Vaccination North-Western Provinces and Oudh 1878-1895 - 1878-1895
Year: 1878
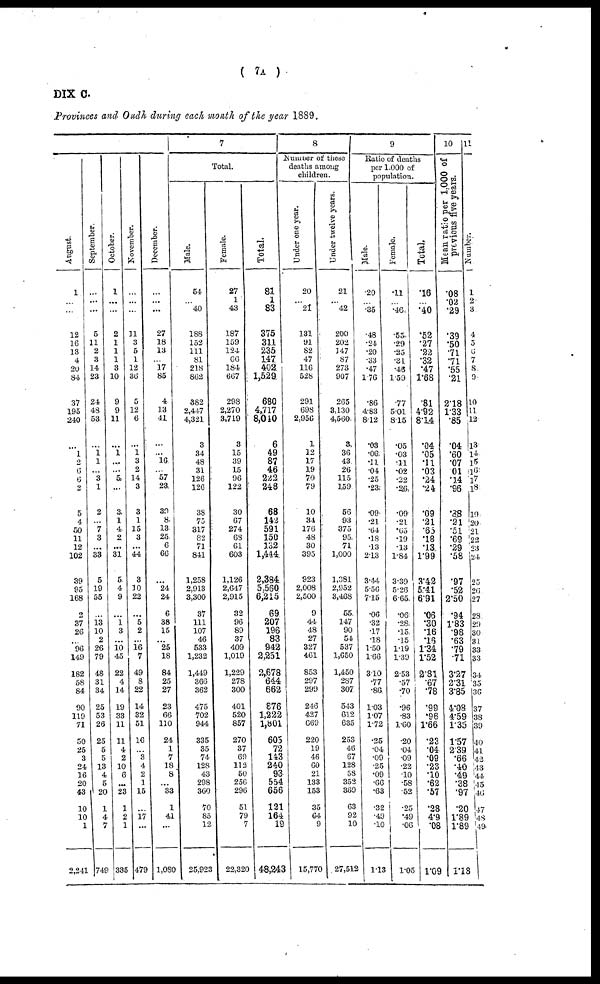
(
7A )
DIX C.
Provinces and Oudh during each month of the year 1889.
August.
1
...
...
12
16
13
4
20
84
37
195
240
...
...
2
6
6
2
5
4
50
11
12
102
39
95
168
2
37
26
...
96
149
182
58
84
90
119
71
50
25
3
24
16
20
43
10
10
1
2 241
September,
...
...
...
5
11
2
3
14
23
24
48
53
...
... 1
...
3
1
2
...
7
3
...
33
5
19
55
...
13
10
2
26
79
48
31
34
25
53
26
25
5
5
13
4
5
20
1
4
7
749
October.
1
...
...
2
1
1
1
3
10
9
9
11
...
1
....
...
5
...
3
1
4
2
...
31
5
4
9
...
1 3
...
10
45
22
4
14
19
33
11
11
4
2
10
6
...
23
1
2
1
335
November.
...
...
...
11
3
5
1
12
36
5
12
6
...
1
3
2
14
3
3
1
15
3
...
44
3
10
22
...
5
2
...
16
7
49
8
22
14
32
51
16
...
3 4
2
1
15
...
17
...
479
December.
...
...
...
27
18
13
...
17
85
4
13
41
...
...
16
...
57
23
30
8
13
25
6
66
...
24
24
6
38
15
...
25
18
84
25
27
23
66
110
24
1
7
18
8
...
33
1
41
...
1,080
7
Total.
Male.
54
...
40
188
152
111
81
218
862
382
2,447
4,321
3
34
48
31
126
126
38
75
317
82
71
841
1,258
2,913
3,300
37
111
107
46
533
1,232
1,449
366
362
475
702
944
335
35
74
128
43
298
360
70
85
12
25,923
Female.
27
1
43
187
159
124
66
184
667
298
2,270
3,719
3
15
39
15
96
122
30
67
274
68
61
603
1,126
2,647
2,915
32
96
89
37
409
1,019
1,229
278
300
401
520
857
270
37
69
112
50
256
296
51
79
7
22,320
Total.
81
1
83
375
311
235
147
402
1,529
680
4,717
8,040
6
49
87
46
222
248
68
142
591
150
132
1,444
2,384
5,560
6,215
69
207
196
83
942
2,251
2,678
644
662
876
1,222
1,801
605
72
143
240
93
554
656
121
164
19
48,243
8
Number of these
deaths among
children.
Under one year.
20
...
21
131
91
82
47
116
528
291
698
2,956
1
12
17
19
70
79
10
34
176
48
30
395
923
2,008
2,500
9
44
48
27
327
461
853
297
299
246
427
669
220
19
46
60
21
133
153
35
64
9
15,770
Under twelve years.
21
...
42
200
202
147
87
273
907
265
3,130
4,560
3
36
43
26
115
159
56
93
375
95
71
1,000
1,381
2,952
3,468
55
147
90
54
537
1,650
1,450
287
307
543
612
635
253
46
67
128
58
352
369
63
92
10
27,512
9
Ratio of deaths
per 1,000 of
population.
Male.
.20
...
.35
.48
.24
.20
.33
.47
1.76
.86
4.83
8.12
.03
.06
.11
.04
.25
.23
.09
.21
.64
.18
.13
2.13
3.44
5.56
7.15
.06
.32
.17
.18
1.50
1.66
3.10
.77
.86
1.03
1.07
1.72
.25
.04
.09
.25
.09
.66
.63
.32
.49
.10
1.13
Female.
.11
...
.46
.55
.29
.25
.31
.46
1.59
.77
5.01
8.15
.05
.03
.11
.02
.22
.26
.09
.21
.65
.19
.13
1.84
3.39
5.26
6.65
.06
.28
.15
.15
1.19
1.39
2.53
.57
.70
.96
.83
1.60
.20
.04
.09
.22
.10
.58
.52
.25
.49
.06
1.05
Total.
.16
...
.40
.52
.27
.22
.32
.47
1.68
.81
4.92
8.14
.04
.05
.11
.03
.24
.24
.09
.21
.65
.18
.13
1.99
3.42
5.41
6.91
.06
.30
.16
16
1.34
1.52
2.81
.67
.78
.99
.96
1.66
.23
.04
.09
.23
.10
.62
.57
.28
4.9
.08
1.09
10
Mean ratio per 1,000 of
previous
five
years.
.08
.02
.29
.39
.50
.71
71
.55
.21
2.18
1.33
.85
.04
.60
.07
01
.14
.96
.88
.21
.51
.69
.29
.58
.97
.52
2.50
.94
1.83
.98
.63
.79
.71
3.27
2.31
3.85
4.08
4.59
1.35
1.57
2.39
.66
.40
.49
.38
.97
.20
1.89
1.89
1.18
11
Number.
1
2
3
4
5
6
7
8. 9.
10
11
12
13
14
15
16
17
18
19
20
21
22
23
24
25
26
27
28
29
30
31
33
33
34
35
36
37
38
39
40
41
42
43
44
45
46
47
48
49